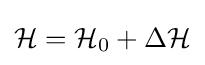
{\mathcal {H}}={\mathcal {H}}_{0}+\Delta {\mathcal {H}}